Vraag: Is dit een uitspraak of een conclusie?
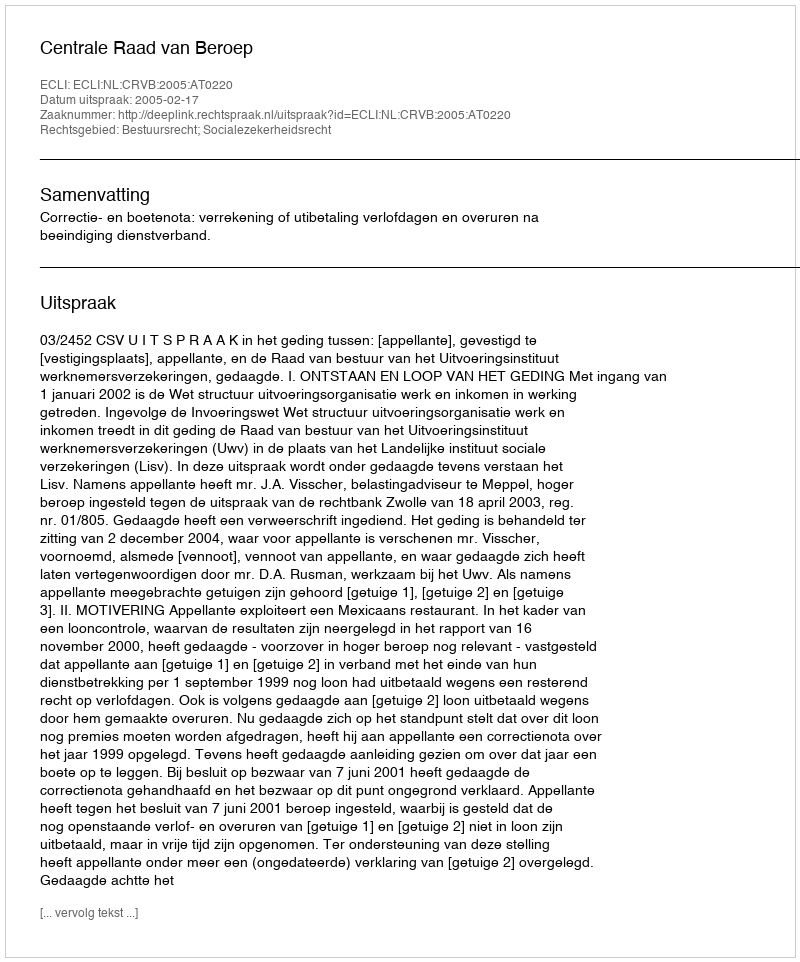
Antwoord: Uitspraak